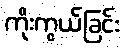
ကိုးကွယ်ခြင်း